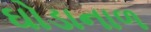
ઘોડાનાળ